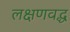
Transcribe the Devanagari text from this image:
लक्षणवद्ध